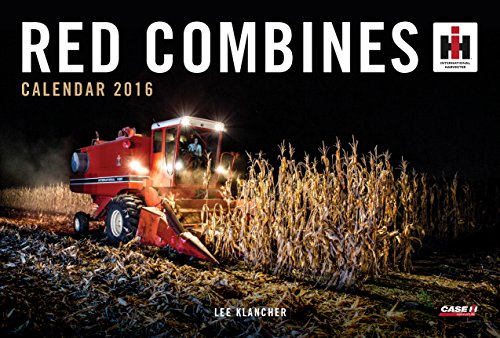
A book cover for Red Combines Calendar 2016; Lee Klancher; Calendars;